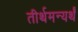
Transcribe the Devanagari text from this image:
तीर्थमन्यर्थं